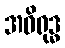
အဝိရုဒ္ဓ